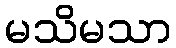
မသိမသာ